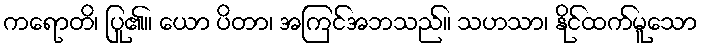
ကရောတိ၊ ပြု၏။ ယော ပိတာ၊ အကြင်အဘသည်။ သဟသာ၊ နိုင်ထက်မူသော